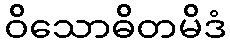
ဝိသောဓိတမိဒံ